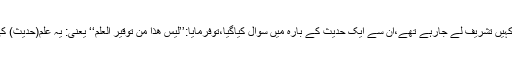
عبداللہ بن مبارک پیدل کہیں تشریف لے جارہے تھے،ان سے ایک حدیث کے بارہ میں سوال کیاگیا،توفرمایا:’’لیس ھذا من توقیر العلم‘‘ یعنی: یہ علم(حدیث) کی توقیر کے منافی ہے۔